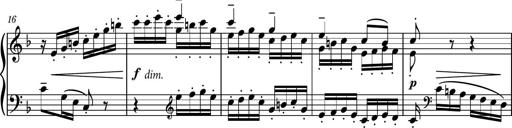
Title: Piano Sonatina No.8
Composer: Dimitri Sykias
Key: F major